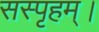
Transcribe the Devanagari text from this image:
सस्पृहम्।